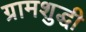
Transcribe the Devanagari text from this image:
ग्रामशुद्धी